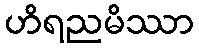
ဟိရညမိဿာ